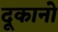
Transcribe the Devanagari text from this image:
दूकानो